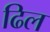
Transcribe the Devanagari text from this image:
ढिल